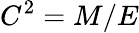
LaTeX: C^{2}=M/E